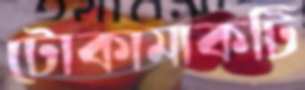
টোকামাকটি